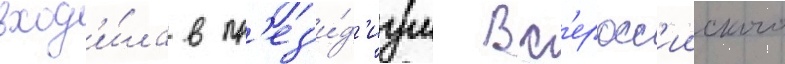
вход'и́ла в пр'ез'и́д'иум вс'еросс'ииского